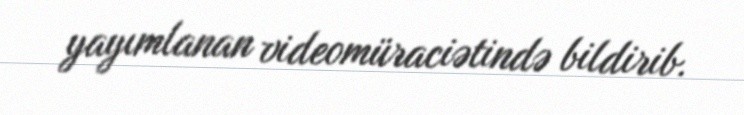
yayımlanan videomüraciətində bildirib.